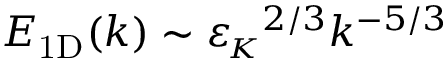
E _ { \mathrm { 1 D } } ( k ) \sim { \varepsilon _ { \! \scriptscriptstyle K } } ^ { 2 / 3 } k ^ { - 5 / 3 }